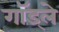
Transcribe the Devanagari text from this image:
गॉड्ले